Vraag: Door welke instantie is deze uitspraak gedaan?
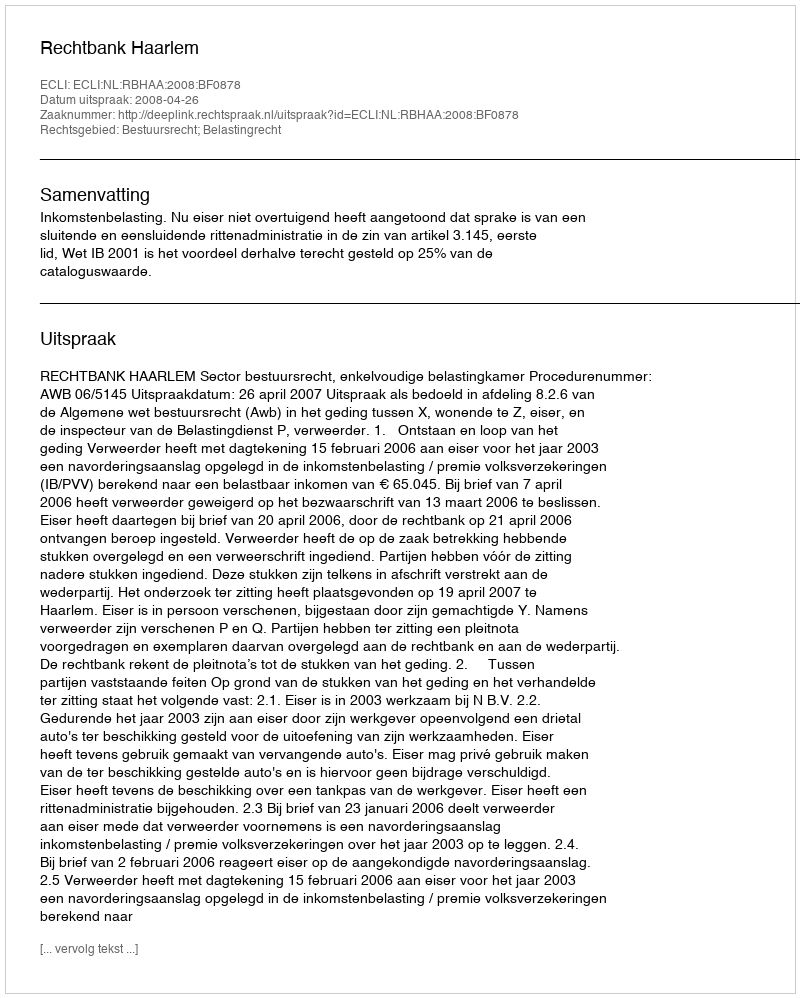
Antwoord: Rechtbank Haarlem